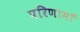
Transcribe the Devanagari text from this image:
परिणामॉ